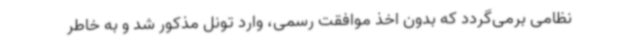
نظامی برمی‌گردد که بدون اخذ موافقت رسمی، وارد تونل مذکور شد و به خاطر